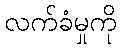
လက်ခံမှုကို